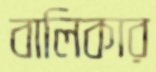
বালিকার